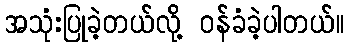
အသုံးပြုခဲ့တယ်လို့ ဝန်ခံခဲ့ပါတယ်။